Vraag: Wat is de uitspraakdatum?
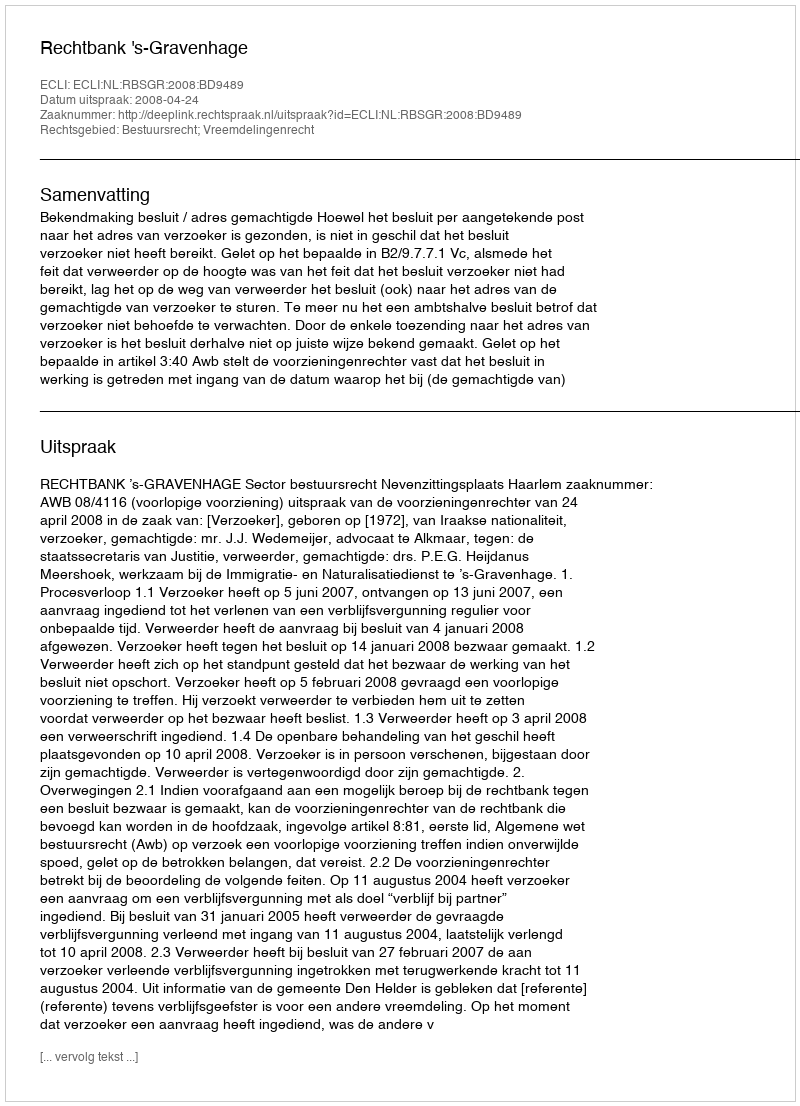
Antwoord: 2008-04-24